Cholera in India, 1862 to 1881
Year: 1862
Disease focus: Cholera
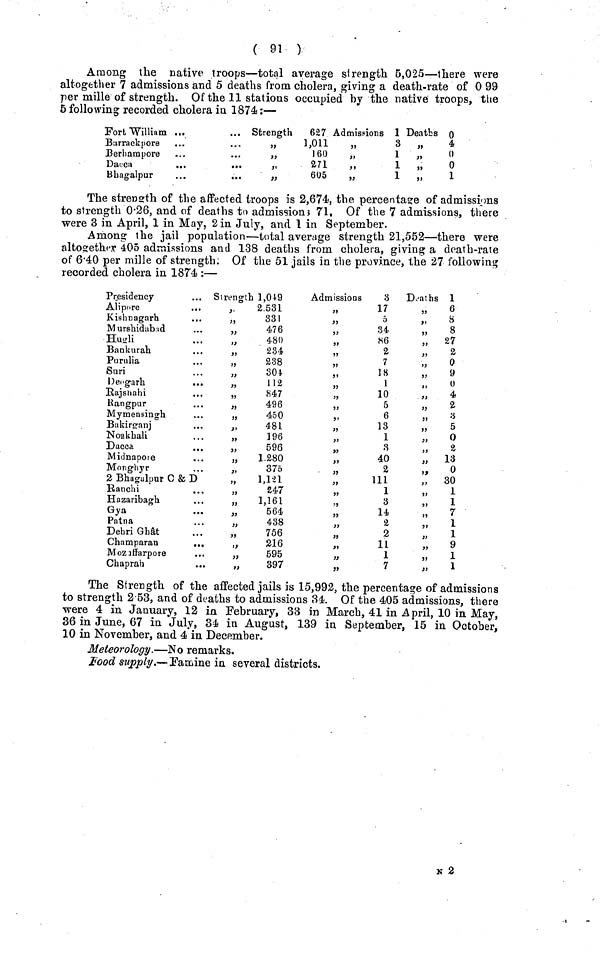
( 91 )
Among the native troops—total average strength 6,025—there were
altogether 7 admissions and 5 deaths from cholera, giving a death-rate of 0 99
per mille of strength. Of the 11 stations occupied by the native troops, the
5 following recorded cholera in 1874;—
Fort William ...
Barrackpore
Berhampore
Dacca
...
.
Bhagalpur
...
.
Strength
627
,,1,011
,,160
,,271
„
605
Admissions 1
,,3
,,1
,,1
,,1
Deaths 0
,,4
,,0
,,0
,,1
The strength of the affected troops is 2,674, the percentage of admissions
to strength 0.26, and of deaths to admissions 71, Of the 7 admissions, there
were 3 in April, 1 in May, 2 in July, and 1 in September.
Among the jail population—total average strength 21,552—there were
altogether 405 admissions and 138 deaths from cholera, giving a death-rate
of 6.40 per mille of strength; Of the 51 jails in the province, the 27 following
recorded cholera in 1874 :—
Presidency
... Strength 1,049
Alipore
Kishnagarh
...
Murshidab.id
Hugli
Bankurah
Purulia
Suri
Deogarh
Rajshahi
Rangpur
Mymensingh
Bakirganj
Noakhali
Dacca
Midnapoie
Monghyr
2 Bhagalpur C & D
Ranchi
Hazaribagh
Gya
Patna
Debri Ghât
Champaran
...
Mozaffarpore
...
Chaprah
...
„
2.531
,,331
,,476
,,480
,,234
,,238
„
304
,,112
,,847
,,496
,,450
,,481
,,196
„
596
„
1.280
,,
375
„ 1,121
247
,, 1,161
„
564
,,438
,,756
,,216
„
595
,,397
Admissions
8
,,17
,,
5
,,34
,,86
,,2
,,7
,,18
,,1
,,10
,,5
,,6
,,13
,,1
,,3
,,40
,,2
,,111
,,1
,,3
,,14,
,,2
,,2
,,11
,,1
,,7
Deaths 1
„
6
,,
8
,, 8
,, 27
,,2
,,0
,,9
,,0
,,4
,, 2 ,,3
,,5
,, 0
,,2
,, 13
,, 0
„ 30
,,1
,,1
,,
7
„
1
,,1
„
9
,,1
,,1
The Strength of the affected jails is 15,992, the percentage of admissions
to strength 2. 53, and of deaths to admissions 34 Of the 405 admissions, there
were 4 in January, 12 in February, 38 in March, 41 in April, 10 in May,
36 in June, 67 in July, 34 in August, 139 in September, 15 in October,
10 in November, and 4 in December.
Meteorology.—No remarks.
Food supply.—Famine in several districts.
N 2